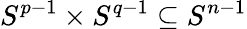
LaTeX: S^{p-1}\times S^{q-1}\subseteq S^{n-1}